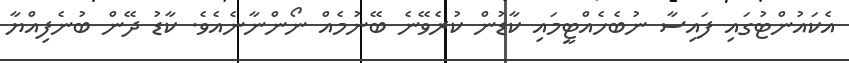
އެކައުންޓުގައި ފައިސާ ނުބެހެއްޓީމައި ކާޑުން ކުރެވޭނެ ބޭނުމެއް ނޯންނާނެއެވެ. ކާޑު ދޭން ބުނެފިއްޔާ